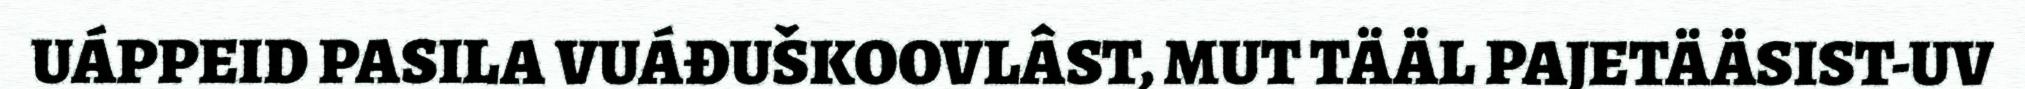
UÁPPEID PASILA VUÁĐUŠKOOVLÂST, MUT TÄÄL PAJETÄÄSIST-UV